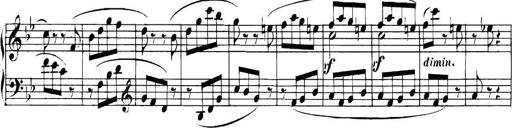
Title: Collected Piano Sonatas
Composer: Muzio Clementi